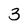
Character: 3